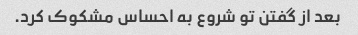
بعد از گفتن تو شروع به احساس مشکوک کرد.